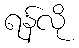
ရန်လို